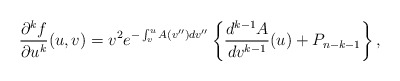
\begin{align*} \frac{\partial^kf}{\partial u^k}(u,v)=v^2e^{-\int_v^uA(v'')dv''}\left\{\frac{d^{k-1}A}{dv^{k-1}}(u)+P_{n-k-1}\right\},\end{align*}